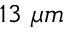
1 3 \ \mu m